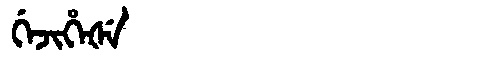
Manchu: ᡤᡝᠵᡳᡥᡝᡧᡝ
Romanization: GEJIHEŠE